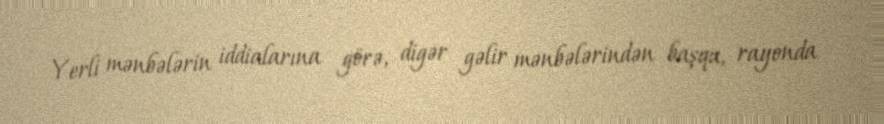
Yerli mənbələrin iddialarına görə, digər gəlir mənbələrindən başqa, rayonda